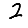
Digit: 2